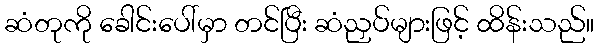
ဆံတုကို ခေါင်းပေါ်မှာ တင်ပြီး ဆံညှပ်များဖြင့် ထိန်းသည်။